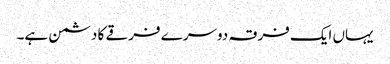
یہاں ایک فرقہ دوسرے فرقے کا دشمن ہے۔